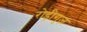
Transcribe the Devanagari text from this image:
रोड्रीगुज़